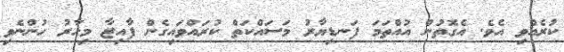
ކުރެއްވި އެވެ. އެގޮތުން އުއްތަމަ ފަނޑިޔާރު މަސައްކަތް ކުރައްވައިގެން ފާއިޒާ މިހާރު ހުންނެވި